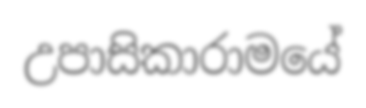
උපාසිකාරාමයේ